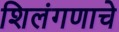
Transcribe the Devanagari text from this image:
शिलंगणाचे